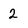
Character: 2